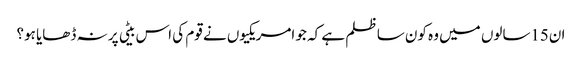
ان15سالوں میں وہ کون سا ظلم ہے کہ جو امریکیوں نے قوم کی اس بیٹی پر نہ ڈھایا ہو؟